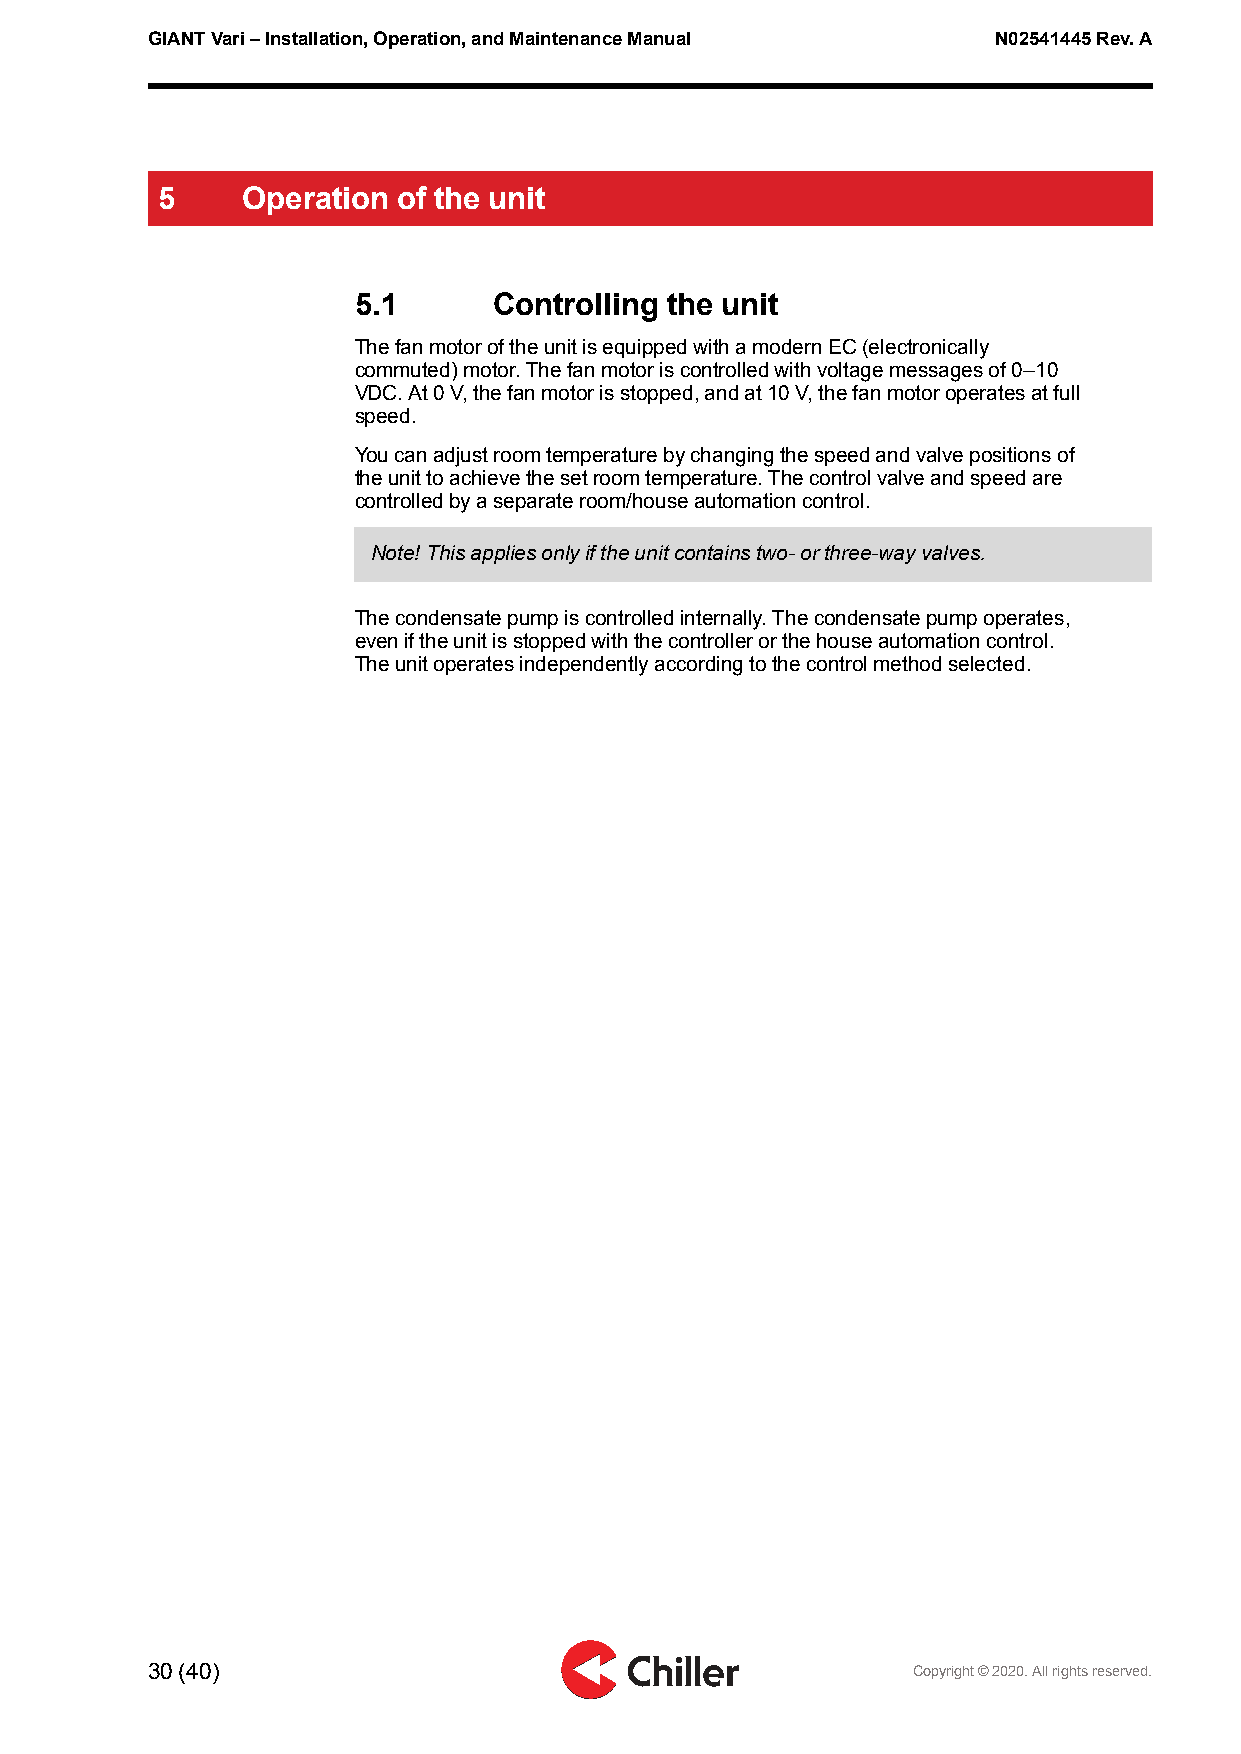
GIANTVari–Installation,Operation,andMaintenanceManual   N02541445Rev.A
 5     Operation of the unit
 5.1      Controlling the unit
 ThefanmotoroftheunitisequippedwithamodernEC(electronically
 commuted)motor.Thefanmotoriscontrolledwithvoltagemessagesof0–10
 VDC.At0V,thefanmotorisstopped,andat10V,thefanmotoroperatesatfull
 speed.
 Youcanadjustroomtemperaturebychangingthespeedandvalvepositionsof
 theunittoachievethesetroomtemperature.Thecontrolvalveandspeedare
 controlledbyaseparateroom/houseautomationcontrol.
 Note!Thisappliesonlyiftheunitcontainstwo-orthree-wayvalves.
 Thecondensatepumpiscontrolledinternally.Thecondensatepumpoperates,
 eveniftheunitisstoppedwiththecontrollerorthehouseautomationcontrol.
 Theunitoperatesindependentlyaccordingtothecontrolmethodselected.
 30(40)                                            Copyright©2020.Allrightsreserved.